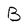
Character: B